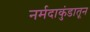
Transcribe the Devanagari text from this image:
नर्मदाकुंडातून